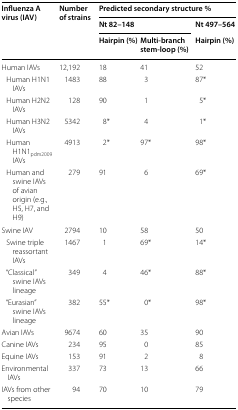
<table><thead><tr><td rowspan="3"><b>Influenza A virus (IAV)</b></td><td rowspan="3"><b>Number of strains</b></td><td colspan="3"><b>Predicted secondary structure %</b></td></tr><tr><td colspan="2"><b>Nt 82–148</b></td><td><b>Nt 497–564</b></td></tr><tr><td><b>Hairpin (%)</b></td><td><b>Multi-branch stem-loop (%)</b></td><td><b>Hairpin (%)</b></td></tr></thead><tbody><tr><td>Human IAVs</td><td>12,192</td><td>18</td><td>41</td><td>52</td></tr><tr><td> Human H1N1 IAVs</td><td>1483</td><td>88</td><td>3</td><td>87*</td></tr><tr><td> Human H2N2 IAVs</td><td>128</td><td>90</td><td>1</td><td>5*</td></tr><tr><td> Human H3N2 IAVs</td><td>5342</td><td>8*</td><td>4</td><td>1*</td></tr><tr><td> Human H1N1<sub>pdm2009</sub> IAVs</td><td>4913</td><td>2*</td><td>97*</td><td>98*</td></tr><tr><td> Human and swine IAVs of avian origin (e.g., H5, H7, and H9)</td><td>279</td><td>91</td><td>6</td><td>69*</td></tr><tr><td>Swine IAV</td><td>2794</td><td>10</td><td>58</td><td>50</td></tr><tr><td> Swine triple reassortant IAVs</td><td>1467</td><td>1</td><td>69*</td><td>14*</td></tr><tr><td> “Classical” swine IAVs lineage</td><td>349</td><td>4</td><td>46*</td><td>88*</td></tr><tr><td> “Eurasian” swine IAVs lineage</td><td>382</td><td>55*</td><td>0*</td><td>98*</td></tr><tr><td>Avian IAVs</td><td>9674</td><td>60</td><td>35</td><td>90</td></tr><tr><td>Canine IAVs</td><td>234</td><td>95</td><td>0</td><td>85</td></tr><tr><td>Equine IAVs</td><td>153</td><td>91</td><td>2</td><td>8</td></tr><tr><td>Environmental IAVs</td><td>337</td><td>73</td><td>13</td><td>66</td></tr><tr><td>IAVs from other species</td><td>94</td><td>70</td><td>10</td><td>79</td></tr></tbody></table>